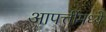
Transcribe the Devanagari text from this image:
आपत्तींमध्ये